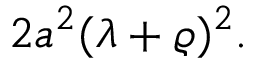
2 a ^ { 2 } ( \lambda + \varrho ) ^ { 2 } .